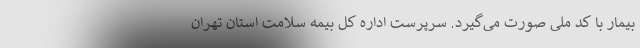
بیمار با کد ملی صورت می‌گیرد. سرپرست اداره کل بیمه سلامت استان تهران